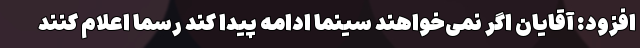
افزود: آقایان اگر نمی‌خواهند سینما ادامه پیدا کند رسما اعلام کنند